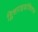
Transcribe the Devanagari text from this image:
ग्लिसराइडांशिवाय